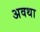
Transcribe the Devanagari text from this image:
अवथा